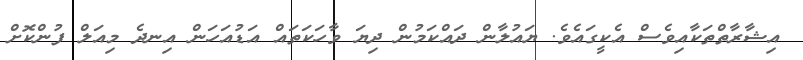
އިޝާރާތްތަކާއިވެސް އެކީގައެވެ. ޔައުލާން ދައްކަމުން ދިޔަ ވާހަކަތައް އަޑުއަހަން އިނދެ މިއަލް ފުންކޮށް